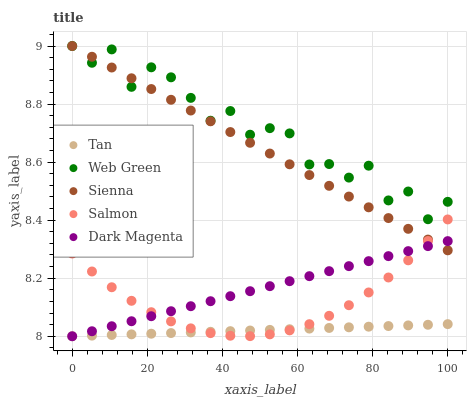
| xaxis_label | Tan | Web Green | Sienna | Salmon | Dark Magenta |
 | --- | --- | --- | --- | --- | --- |
 | 0 | 8 | 9 | 9 | 8.29 | 8 |
 | 5.26 | 8 | 8.94 | 8.96 | 8.22 | 8.02 |
 | 10.5 | 8 | 8.99 | 8.93 | 8.17 | 8.03 |
 | 15.8 | 8.01 | 8.86 | 8.89 | 8.12 | 8.05 |
 | 21.1 | 8.01 | 8.93 | 8.85 | 8.08 | 8.07 |
 | 26.3 | 8.01 | 8.89 | 8.81 | 8.05 | 8.09 |
 | 31.6 | 8.01 | 8.82 | 8.78 | 8.03 | 8.1 |
 | 36.8 | 8.02 | 8.74 | 8.74 | 8.01 | 8.12 |
 | 42.1 | 8.02 | 8.78 | 8.7 | 8 | 8.14 |
 | 47.4 | 8.02 | 8.69 | 8.67 | 8 | 8.16 |
 | 52.6 | 8.02 | 8.72 | 8.63 | 8.01 | 8.17 |
 | 57.9 | 8.02 | 8.7 | 8.59 | 8.02 | 8.19 |
 | 63.2 | 8.03 | 8.59 | 8.56 | 8.04 | 8.21 |
 | 68.4 | 8.03 | 8.59 | 8.52 | 8.07 | 8.22 |
 | 73.7 | 8.03 | 8.55 | 8.48 | 8.11 | 8.24 |
 | 78.9 | 8.03 | 8.59 | 8.44 | 8.15 | 8.26 |
 | 84.2 | 8.04 | 8.47 | 8.41 | 8.2 | 8.28 |
 | 89.5 | 8.04 | 8.5 | 8.37 | 8.26 | 8.29 |
 | 94.7 | 8.04 | 8.4 | 8.33 | 8.33 | 8.31 |
 | 100 | 8.04 | 8.46 | 8.3 | 8.4 | 8.33 |